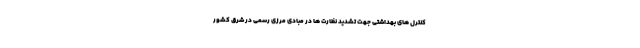
کنترل های بهداشتی جهت تشدید نظارت ها در مبادی مرزی رسمی در شرق کشور